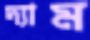
দ্যাম